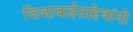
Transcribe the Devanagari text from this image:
जिजाबाईसाहेबांनी